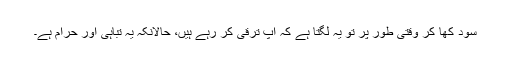
سود کھا کر وقتی طور پر تو یہ لگتا ہے کہ آپ ترقی کر رہے ہیں، حالانکہ یہ تباہی اور حرام ہے۔